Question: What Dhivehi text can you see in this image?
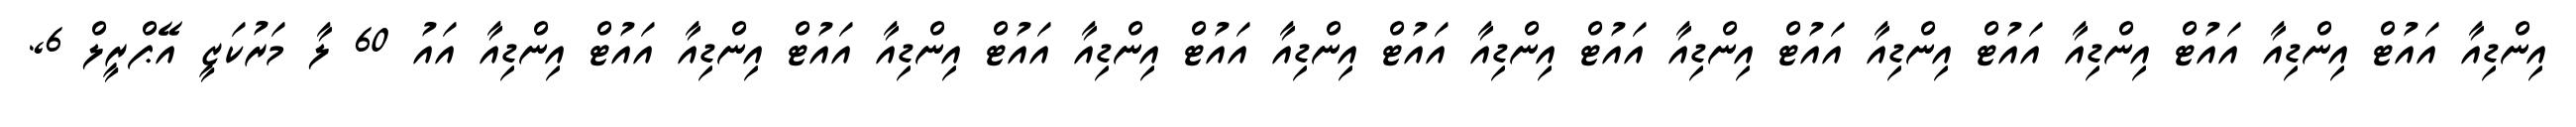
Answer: އިންޑިއާ އައުޓް އިންޑިއާ އައުޓް އިންޑިއާ އައުޓް އިންޑިއާ އައުޓް އިންޑިއާ އައުޓް އިންޑިއާ އައުޓް އިންޑިއާ އައުޓް އިންޑިއާ އައުޓް އިންޑިއާ އައުޓް އިންޑިއާ އައުޓް އިންޑިއާ އައު 60 ލާ މަރުކަޒީ އޭޕްރީލް 6,.